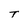
Character: T